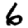
Digit: 6